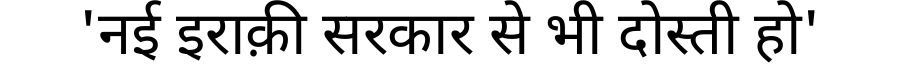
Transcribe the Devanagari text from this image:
'नई इराक़ी सरकार से भी दोस्ती हो'